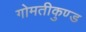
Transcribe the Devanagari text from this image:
गोमतीकुण्ड